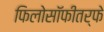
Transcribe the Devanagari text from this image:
फिलोसॉफीतर्फे